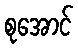
စုအောင်